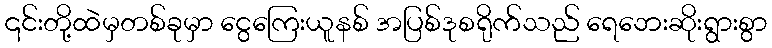
၎င်းတို့ထဲမှတစ်ခုမှာ ငွေကြေးယူနစ် အပြစ်ဒုစရိုက်သည် ရေဘေးဆိုးရွားစွာ